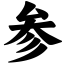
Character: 参